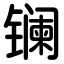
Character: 镧